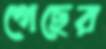
গেছের